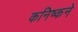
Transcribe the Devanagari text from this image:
कनिष्कने